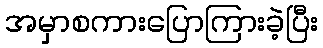
အမှာစကားပြောကြားခဲ့ပြီး